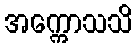
အက္ကောသသိ